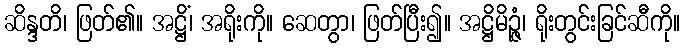
ဆိန္ဒတိ၊ ဖြတ်၏။ အဋ္ဌိံ၊ အရိုးကို။ ဆေတွာ၊ ဖြတ်ပြီး၍။ အဋ္ဌိမိဉ္ဇံ၊ ရိုးတွင်းခြင်ဆီကို။